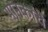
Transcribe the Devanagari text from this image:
मानकांचे